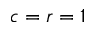
c = r = 1